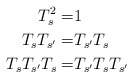
\begin{align*} T_s^2=&1&&\\ T_sT_{s'}=&T_{s'}T_s&&\\ T_sT_{s'}T_s=&T_{s'}T_sT_{s'}&& \end{align*}